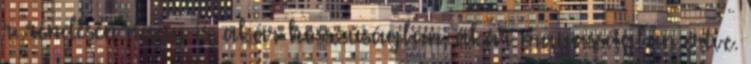
r. rendesen nagy is, akár hosszúságban, akár magasságban értve.